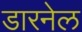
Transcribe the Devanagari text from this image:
डारनेल